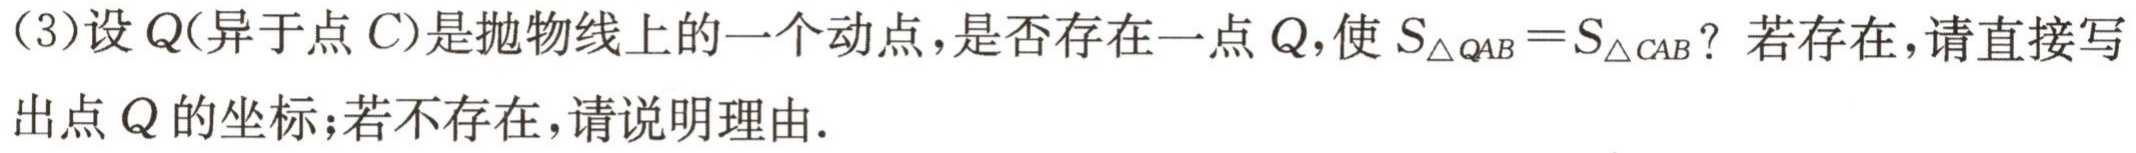
(3)设\(Q\)(异于点\(C\))是抛物线上的一个动点，是否存在一点\(Q\)，使\(S_{\triangle QAB}=S_{\triangle CAB}\)？若存在，请直接写出点\(Q\)的坐标；若不存在，请说明理由.